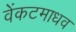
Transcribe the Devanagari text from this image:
वेंकटमाधव